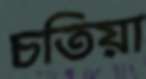
চতিয়া